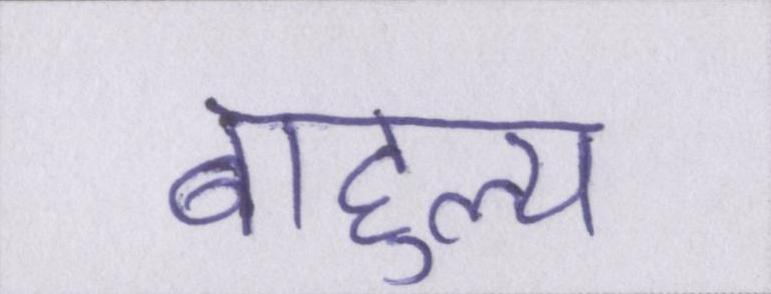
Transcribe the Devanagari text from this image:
बाहुल्य